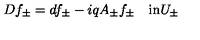
D f _ { \pm } = d f _ { \pm } - i q A _ { \pm } f _ { \pm } \quad \mathrm { i n } U _ { \pm }